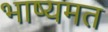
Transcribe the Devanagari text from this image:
भाष्यमत